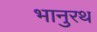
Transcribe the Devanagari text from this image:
भानुरथ